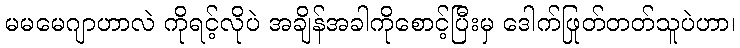
မမမေဂျာဟာလဲ ကိုရင့်လိုပဲ အချိန်အခါကိုစောင့်ပြီးမှ ဒေါက်ဖြုတ်တတ်သူပဲဟာ၊